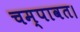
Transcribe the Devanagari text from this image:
चम्पावत।